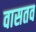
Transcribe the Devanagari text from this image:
वासतव